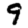
Digit: 9